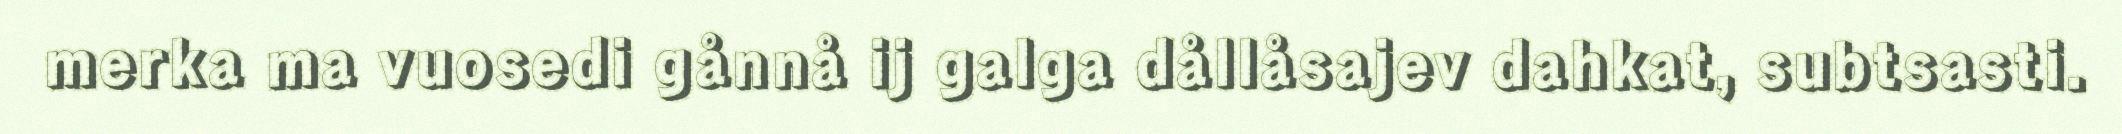
merka ma vuosedi gånnå ij galga dållåsajev dahkat, subtsasti.